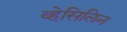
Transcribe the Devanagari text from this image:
व्हेसिलिन